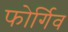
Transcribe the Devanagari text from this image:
फोर्गिव